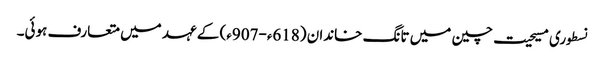
نسطوری مسیحیت چین میں تانگ خاندان (618ء-907ء) کے عہد میں متعارف ہوئی۔